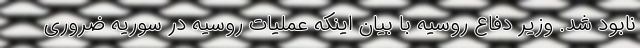
نابود شد. وزیر دفاع روسیه با بیان اینکه عملیات روسیه در سوریه ضروری